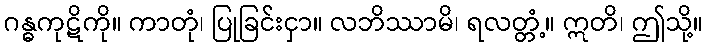
ဂန္ဓကုဋိကို။ ကာတုံ၊ ပြုခြင်းငှာ။ လဘိဿာမိ၊ ရလတ္တံ့။ ဣတိ၊ ဤသို့။